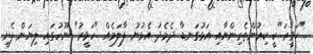
"ހަވީރަ"ކީ ކިއުންތެރިންނާއި އަޅުގަނޑާ ދެމެދު އެޅުނު ފާލަމެއް "ހަވީރު" ނޫހުގައި ލިޔަން ފެށީ